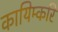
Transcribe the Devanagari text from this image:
कायिम्करि